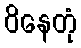
ဝိနေတုံ